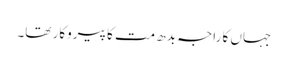
جہاں کا راجہ بدھ مت کا پیروکار تھا۔